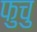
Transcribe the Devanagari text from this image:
फुचु